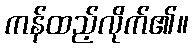
ကန်ထည့်လိုက်၏။